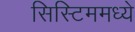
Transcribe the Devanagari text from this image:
सिस्टिममध्ये